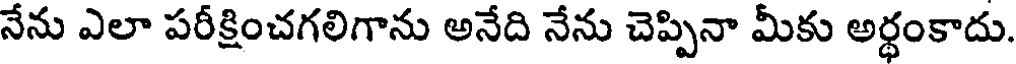
నేను ఎలా పరీక్షించగలిగాను అనేది నేను చెప్పినా మీకు అర్ధంకాదు.